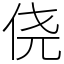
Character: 侥